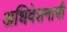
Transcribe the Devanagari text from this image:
अधिवेशनाची